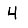
Digit: 4